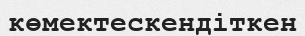
көмектескендіткен